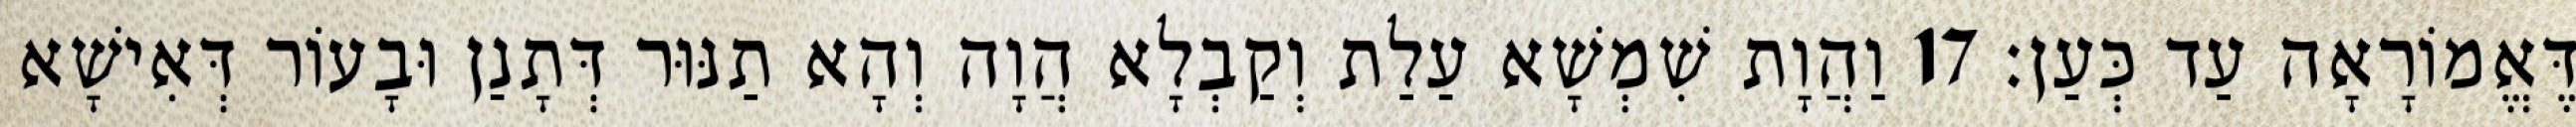
דֶּאֱמוֹרָאָה עַד כְּעַן׃ 17 וַהֲוָת שִׁמְשָׁא עַלַת וְקַבְלָא הֲוָה וְהָא תַנּוּר דְּתָנַן וּבָעוֹר דְּאִישָׁא